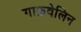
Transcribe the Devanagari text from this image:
गाफ़वेलिन